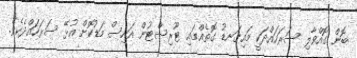
ބޮން ގޮއްވާލި ސަރަހައްދަކީ މައިގަނޑު ގޮތެއްގައި ޓޫރިސްޓުން އައިސް މަޑުކޮށް އުޅޭ ސަރަހައްދެކެވެ.